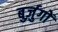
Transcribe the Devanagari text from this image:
बुर्ज़ुगों